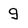
Character: g